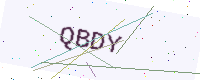
Text: QBDY